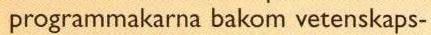
 programmakarna bakom vetenskaps-